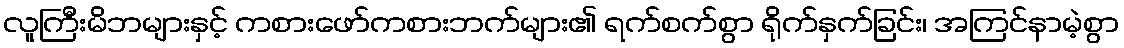
လူကြီးမိဘများနှင့် ကစားဖော်ကစားဘက်များ၏ ရက်စက်စွာ ရိုက်နှက်ခြင်း၊ အကြင်နာမဲ့စွာ